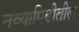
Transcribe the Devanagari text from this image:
नव्यापिढीतील